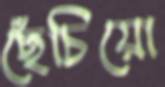
ছেঁচিয়ো